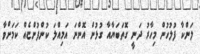
ލަންކާ ފުލުހުން މިހާރު ދަނީ ގޮތަބަޔާއާ ގުޅުން އޮންނަ އަމިއްލަ ކުންފުންޏެއް ކަމަށްވާ